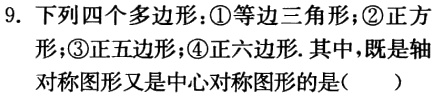
9. 下列四个多边形：\textcircled{1}等边三角形；\textcircled{2}正方形；\textcircled{3}正五边形；\textcircled{4}正六边形. 其中，既是轴对称图形又是中心对称图形的是(  )